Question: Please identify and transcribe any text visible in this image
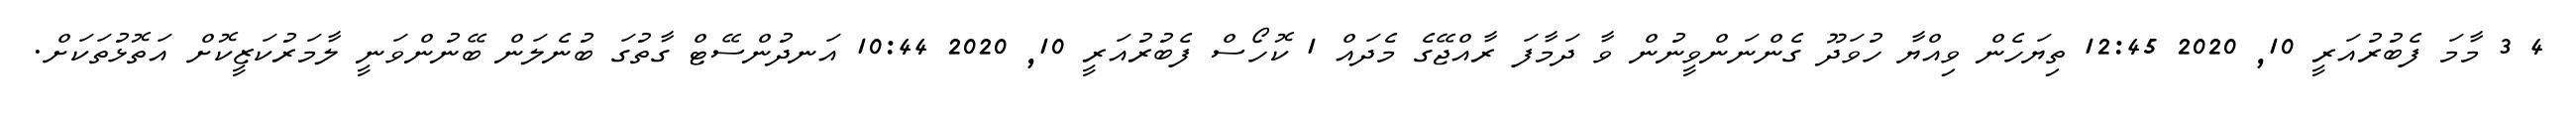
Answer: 4 3 މާމަ ފެބުރުއަރީ 10, 2020 12:45 ތިޔަހެން ވިއްޔާ ހުވަދޫ ގެންނަންވީނުން ވާ ދަމާފަ ރާއްޖޭގެ މެދައް 1 ކޮހޯސް ފެބުރުއަރީ 10, 2020 10:44 އަނދުންސޭޓް ގާތުގަ ބުނެލަން ބޭނުންވަނީ ލާމަރުކަޒީކޮށް އަތޮޅުތަކަށް.